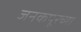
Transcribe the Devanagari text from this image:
जनकपूरच्या